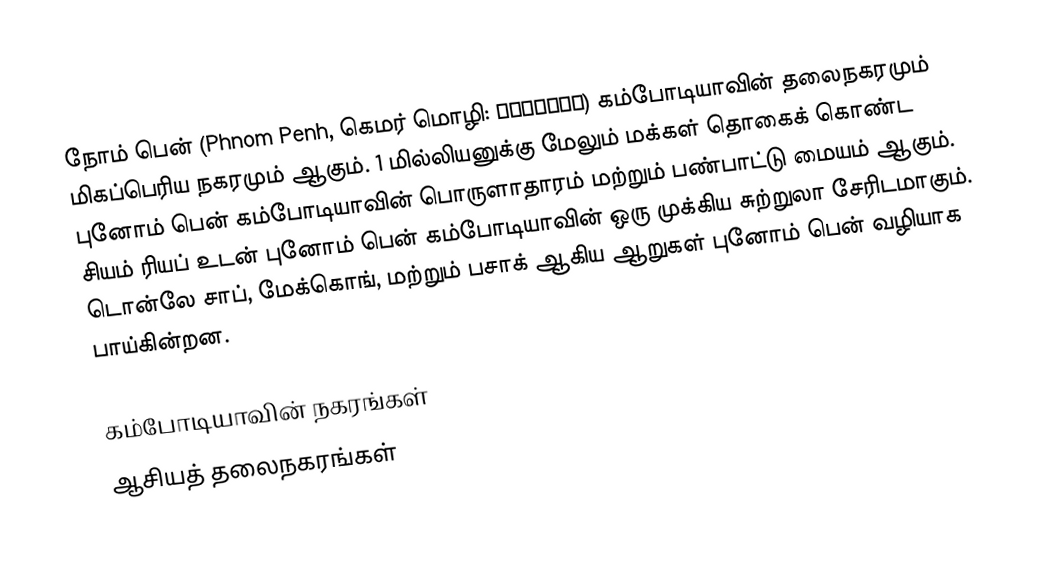
நோம் பென் (Phnom Penh, கெமர் மொழி: ភ្នំពេញ) கம்போடியாவின் தலைநகரமும் மிகப்பெரிய நகரமும் ஆகும். 1 மில்லியனுக்கு மேலும் மக்கள் தொகைக் கொண்ட புனோம் பென் கம்போடியாவின் பொருளாதாரம் மற்றும் பண்பாட்டு மையம் ஆகும். சியம் ரியப் உடன் புனோம் பென் கம்போடியாவின் ஒரு முக்கிய சுற்றுலா சேரிடமாகும். டொன்லே சாப், மேக்கொங், மற்றும் பசாக் ஆகிய ஆறுகள் புனோம் பென் வழியாக பாய்கின்றன.

கம்போடியாவின் நகரங்கள்
ஆசியத் தலைநகரங்கள்